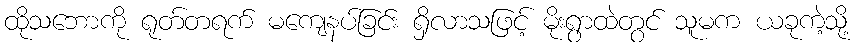
ထိုသဘောကို ရုတ်တရက် မကျေနပ်ခြင်း ရှိလာသဖြင့် မိုးရွာထဲတွင် သူမက ယခုကဲ့သို့